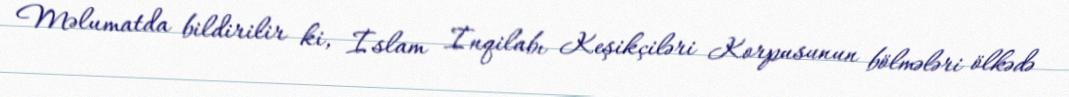
Məlumatda bildirilir ki, İslam İnqilabı Keşikçiləri Korpusunun bölmələri ölkədə